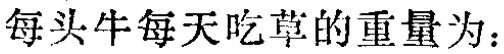
每头牛每天吃草的重量为：